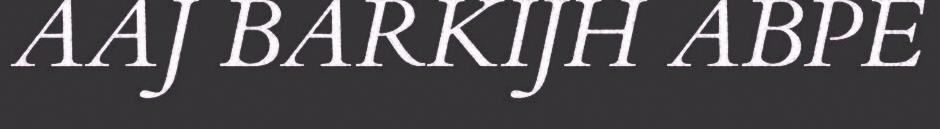
AAJ BARKIJH ABPE